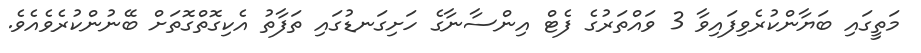
މަތީގައި ބަޔާންކުރެވިފައިވާ 3 ވައްތަރުގެ ފެޓް އިންސާނާގެ ހަށިގަނޑުގައި ތަފާތު އެކިގޮތްގޮތަށް ބޭނުންކުރެވެއެވެ.